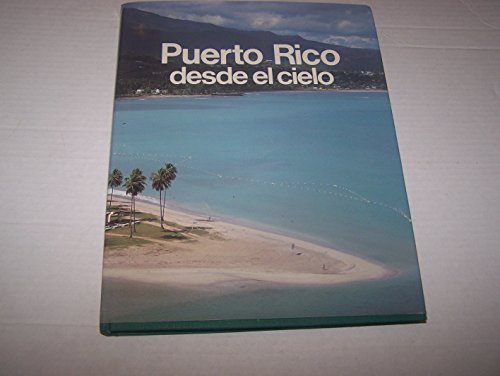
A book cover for Puerto Rico; desde el cielo; Ruben Rios Avila; Travel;